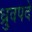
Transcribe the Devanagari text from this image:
ध्रुवपदे